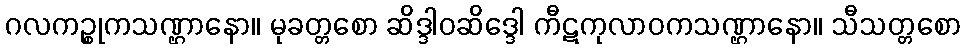
ဂလကဉ္စုကသဏ္ဌာနော။ မုခတ္တစော ဆိဒ္ဒါဝဆိဒ္ဒေါ ကီဋကုလာဝကသဏ္ဌာနော။ သီသတ္တစော